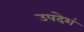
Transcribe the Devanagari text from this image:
उपदेशं